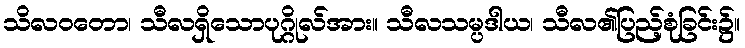
သိလဝတော၊ သီလရှိသောပုဂ္ဂိုလ်အား။ သီလသမ္ပဒါယ၊ သီလ၏ပြည့်စုံခြင်း၌။